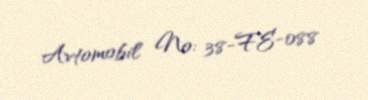
Avtomobil №: 38-FE-088